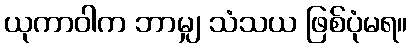
ယုကာဝါက ဘာမျှ သံသယ ဖြစ်ပုံမရ။